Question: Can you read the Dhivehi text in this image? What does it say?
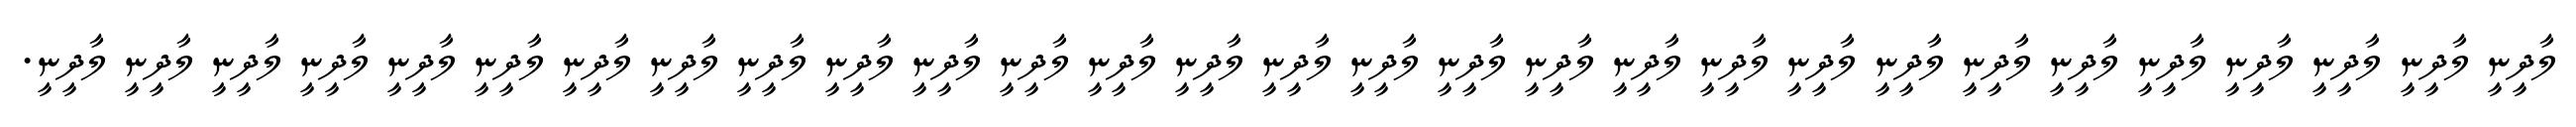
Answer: ލާދީނީ ލާދީނީ ލާދީނީ ލާދީނީ ލާދީނީ ލާދީނީ ލާދީނީ ލާދީނީ ލާދީނީ ލާދީނީ ލާދީނީ ލާދީނީ ލާދީނީ ލާދީނީ ލާދީނީ ލާދީނީ ލާދީނީ ލާދީނީ ލާދީނީ ލާދީނީ ލާދީނީ ލާދީނީ ލާދީނީ ލާދީނީ ލާދީނީ ލާދީނީ ލާދީނީ ލާދީނީ ލާދީނީ.